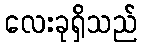
လေးခုရှိသည်